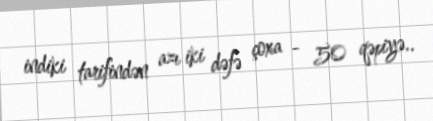
indiki tarifindən azı iki dəfə çoxa - 50 qəpiyə..